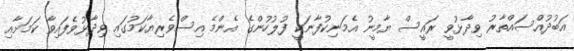
އަބުދުއްސައްތާރު ވިދާޅުވީ ރައީސް ޔާމީނު އެމަނިކުފާނަކީ ފުލުހުންގެ އެންމެ އިސްވެރިޔާކަމުގައި ވިދާޅުވެފައިވާ ކަމަށާއި